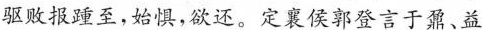
驱败报踵至，始惧，欲还。定襄侯郭登言于鼐、益